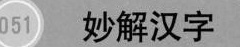
051 妙解汉字